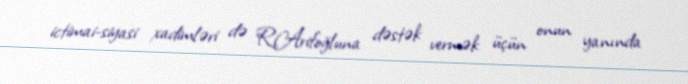
ictimai-siyasi xadimləri də R.Arifoğluna dəstək vermək üçün onun yanında